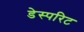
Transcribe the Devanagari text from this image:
डेस्परिट